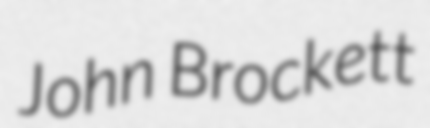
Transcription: John Brockett